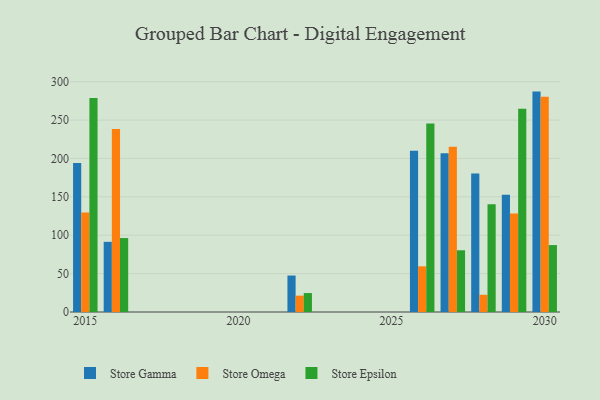
{"axis": {"x": "Year", "y": "Active Users"}, "legend": ["Store Epsilon", "Store Gamma", "Store Omega"], "data": [{"x": "2015", "y": 194.1, "type": "Store Gamma"}, {"x": "2015", "y": 129.5, "type": "Store Omega"}, {"x": "2015", "y": 278.7, "type": "Store Epsilon"}, {"x": "2028", "y": 180.5, "type": "Store Gamma"}, {"x": "2028", "y": 22.4, "type": "Store Omega"}, {"x": "2028", "y": 140.5, "type": "Store Epsilon"}, {"x": "2029", "y": 152.6, "type": "Store Gamma"}, {"x": "2029", "y": 128.4, "type": "Store Omega"}, {"x": "2029", "y": 264.9, "type": "Store Epsilon"}, {"x": "2030", "y": 287.1, "type": "Store Gamma"}, {"x": "2030", "y": 280.5, "type": "Store Omega"}, {"x": "2030", "y": 87.2, "type": "Store Epsilon"}, {"x": "2027", "y": 206.8, "type": "Store Gamma"}, {"x": "2027", "y": 215.2, "type": "Store Omega"}, {"x": "2027", "y": 80.4, "type": "Store Epsilon"}, {"x": "2026", "y": 210.1, "type": "Store Gamma"}, {"x": "2026", "y": 59.5, "type": "Store Omega"}, {"x": "2026", "y": 245.7, "type": "Store Epsilon"}, {"x": "2016", "y": 91.4, "type": "Store Gamma"}, {"x": "2016", "y": 238.5, "type": "Store Omega"}, {"x": "2016", "y": 96.3, "type": "Store Epsilon"}, {"x": "2022", "y": 47.5, "type": "Store Gamma"}, {"x": "2022", "y": 21.3, "type": "Store Omega"}, {"x": "2022", "y": 24.7, "type": "Store Epsilon"}]}